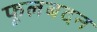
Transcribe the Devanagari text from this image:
फूलबदन